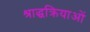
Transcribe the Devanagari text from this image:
श्राद्धक्रियाओं